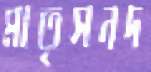
মাতৃসনদ